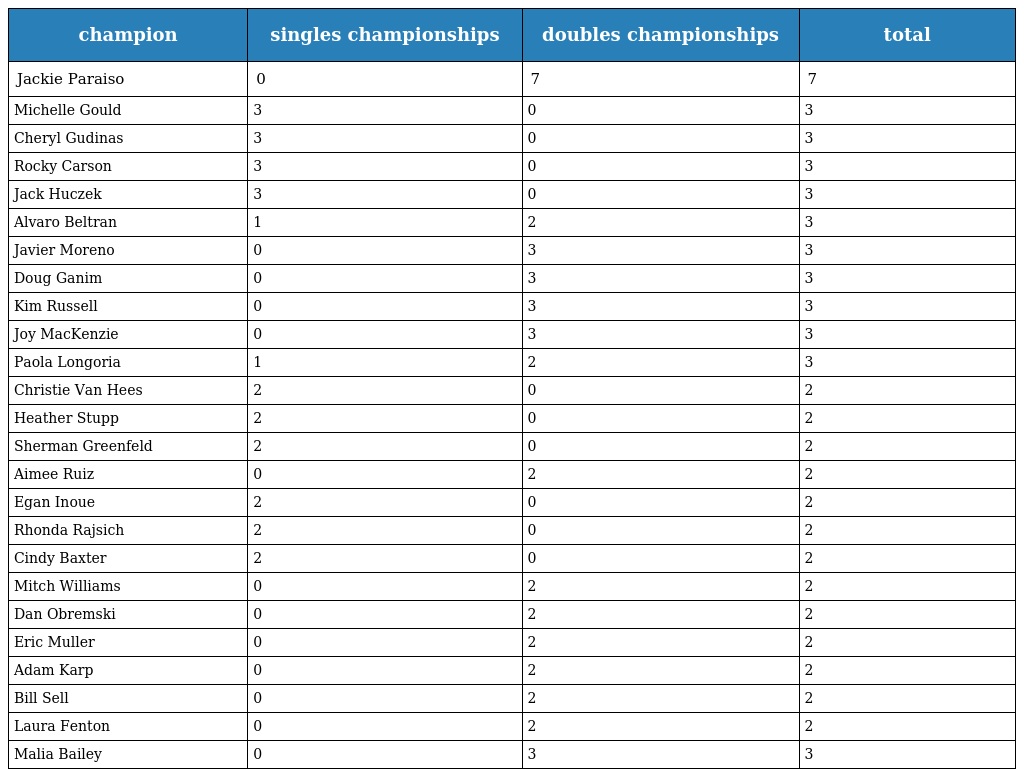
| champion | singles championships | doubles championships | total |
 | --- | --- | --- | --- |
 | Jackie Paraiso | 0 | 7 | 7 |
 | Michelle Gould | 3 | 0 | 3 |
 | Cheryl Gudinas | 3 | 0 | 3 |
 | Rocky Carson | 3 | 0 | 3 |
 | Jack Huczek | 3 | 0 | 3 |
 | Alvaro Beltran | 1 | 2 | 3 |
 | Javier Moreno | 0 | 3 | 3 |
 | Doug Ganim | 0 | 3 | 3 |
 | Kim Russell | 0 | 3 | 3 |
 | Joy MacKenzie | 0 | 3 | 3 |
 | Paola Longoria | 1 | 2 | 3 |
 | Christie Van Hees | 2 | 0 | 2 |
 | Heather Stupp | 2 | 0 | 2 |
 | Sherman Greenfeld | 2 | 0 | 2 |
 | Aimee Ruiz | 0 | 2 | 2 |
 | Egan Inoue | 2 | 0 | 2 |
 | Rhonda Rajsich | 2 | 0 | 2 |
 | Cindy Baxter | 2 | 0 | 2 |
 | Mitch Williams | 0 | 2 | 2 |
 | Dan Obremski | 0 | 2 | 2 |
 | Eric Muller | 0 | 2 | 2 |
 | Adam Karp | 0 | 2 | 2 |
 | Bill Sell | 0 | 2 | 2 |
 | Laura Fenton | 0 | 2 | 2 |
 | Malia Bailey | 0 | 3 | 3 |